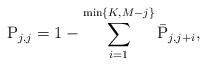
LaTeX: \begin{align*} {\rm P}_{j,j} = 1-\sum^{\min\{K,M-j\}}_{i=1}\bar{\rm P}_{j,j+i},\end{align*}